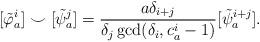
LaTeX: \begin{align*}[\tilde{\varphi}_a^i]\smile [\tilde{\psi}_a^j] = \frac{a\delta_{i+j}}{\delta_j\gcd(\delta_i,c_a^i-1)}[\tilde{\psi}_a^{i+j}].\end{align*}